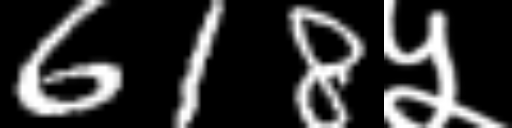
Text: 618५